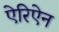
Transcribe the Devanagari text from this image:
ऐरिऐन